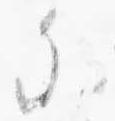
参